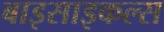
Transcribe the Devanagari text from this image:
बाइसाइकल्स